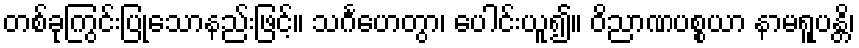
တစ်ခုကြွင်းပြုသောနည်းဖြင့်။ သင်္ဂဟေတွာ၊ ပေါင်းယူ၍။ ဝိညာဏပစ္စယာ နာမရူပန္တိ၊